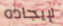
لإيجاده